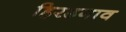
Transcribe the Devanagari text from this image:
हिरडगाव